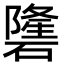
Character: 䃧